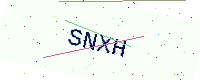
Text: SNXH